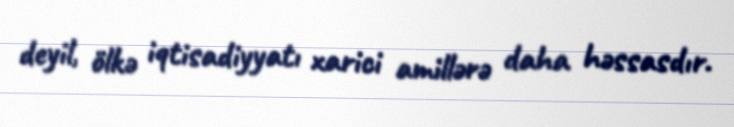
deyil, ölkə iqtisadiyyatı xarici amillərə daha həssasdır.